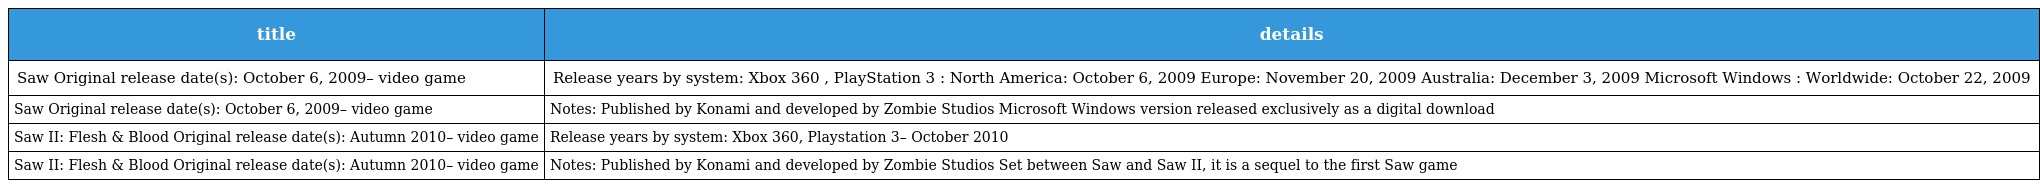
| title | details |
 | --- | --- |
 | Saw Original release date(s): October 6, 2009– video game | Release years by system: Xbox 360 , PlayStation 3 : North America: October 6, 2009 Europe: November 20, 2009 Australia: December 3, 2009 Microsoft Windows : Worldwide: October 22, 2009 |
 | Saw Original release date(s): October 6, 2009– video game | Notes: Published by Konami and developed by Zombie Studios Microsoft Windows version released exclusively as a digital download |
 | Saw II: Flesh & Blood Original release date(s): Autumn 2010– video game | Release years by system: Xbox 360, Playstation 3– October 2010 |
 | Saw II: Flesh & Blood Original release date(s): Autumn 2010– video game | Notes: Published by Konami and developed by Zombie Studios Set between Saw and Saw II, it is a sequel to the first Saw game |